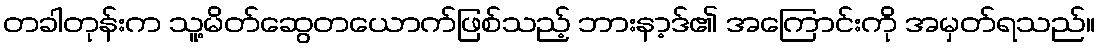
တခါတုန်းက သူ့မိတ်ဆွေတယောက်ဖြစ်သည့် ဘားနာ့ဒ်၏ အကြောင်းကို အမှတ်ရသည်။